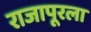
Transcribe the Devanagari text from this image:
राजापूरला